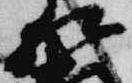
相